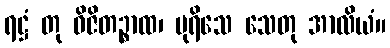
ရဋ္ဌံ တု ဝိဇိတဉ္စာထ၊ ပုရိသေ သေတု အာလိယံ။